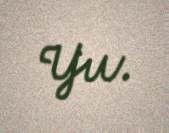
Yu.